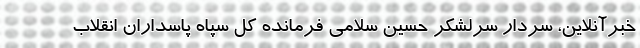
خبرآنلاین، سردار سرلشکر حسین سلامی فرمانده کل سپاه پاسداران انقلاب